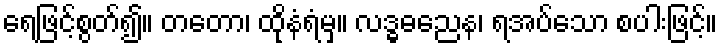
ရေဖြင့်စွတ်၍။ တတော၊ ထိုနံရံမှ။ လဒ္ဓဓညေန၊ ရအပ်သော စပါးဖြင့်။